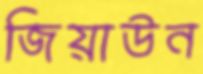
জিয়াউন